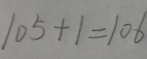
1 0 5 + 1 = 1 0 6